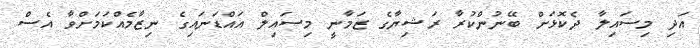
އަދި މިސައިލާ ދެކޮޅަށް ބޭނުންކުރާ ރަޝިޔާގެ ޒަމާނީ މިސައިލް އައްޑަނައިގެ ނިޒާމެއްކަމަށްވާ އެސް